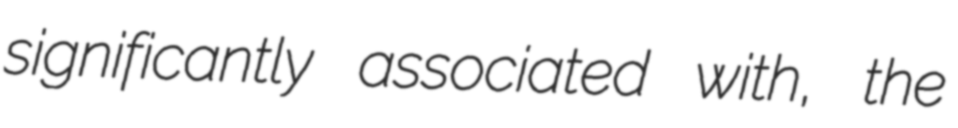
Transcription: significantly associated with, the